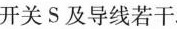
开关S及导线若干。